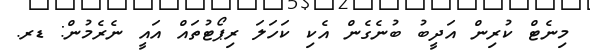
މިނެޓް ކުރިން އަދީބު ބުނެގެން އެކި ކަހަލަ ރިޕޯޓުތައް އައީ ނެރެމުން: ޑރ.